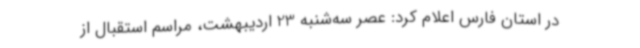
در استان فارس اعلام کرد: عصر سه‌شنبه 23 اردیبهشت، مراسم استقبال از